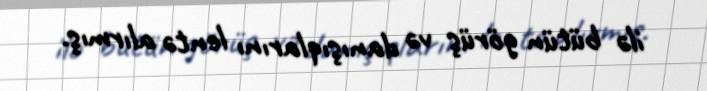
ilə bütün görüş və danışıqlarını lentə alırmış.